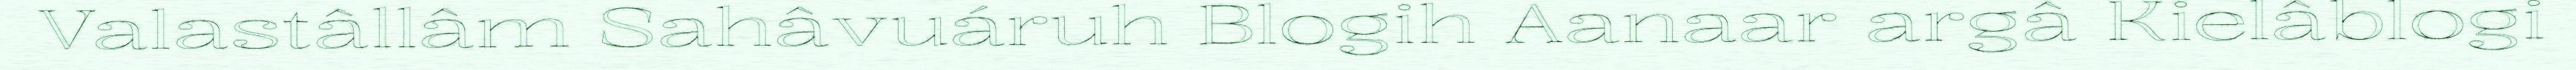
Valastâllâm Sahâvuáruh Blogih Aanaar argâ Kielâblogi